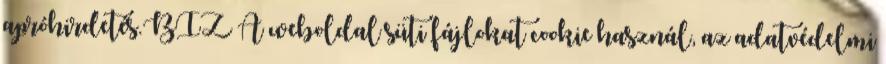
apróhirdetés.BIZ A weboldal süti fájlokat cookie használ, az adatvédelmi